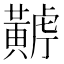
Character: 𪏏